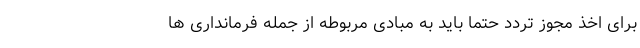
برای اخذ مجوز تردد حتما باید به مبادی مربوطه از جمله فرمانداری ها